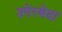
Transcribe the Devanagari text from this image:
उपेरबेदा